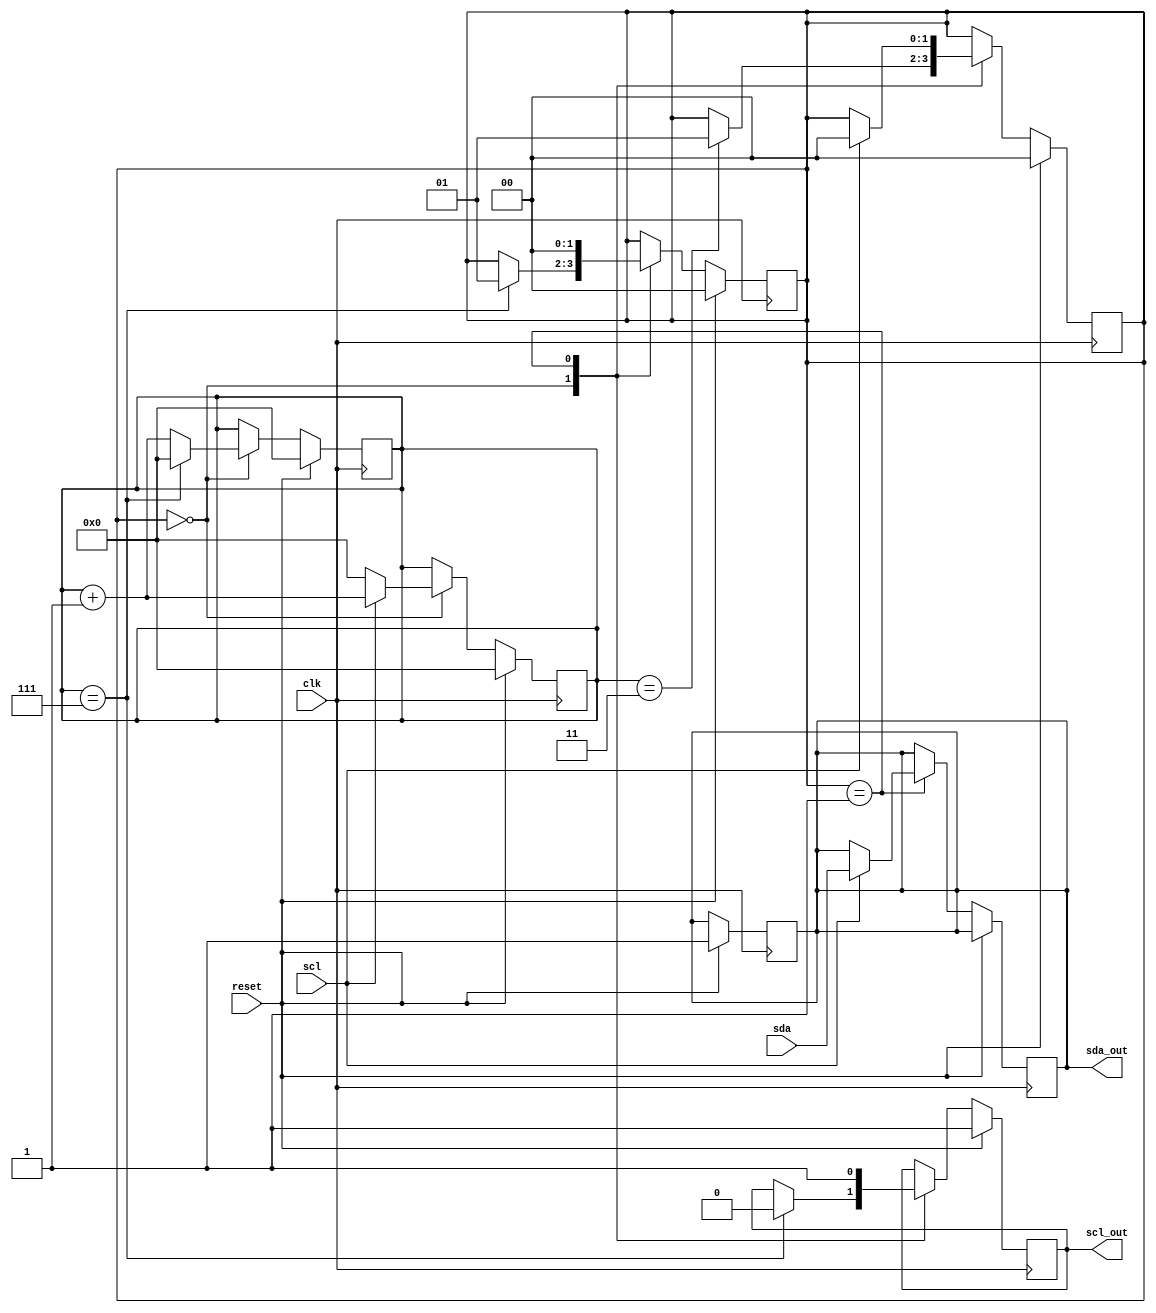
module i2c_timing_control(
    input wire clk,
    input wire reset,
    input wire scl,
    input wire sda,
    output reg scl_out,
    output reg sda_out
);

reg [7:0] count;
reg [1:0] state;

// Clock signal generation
always @(posedge clk) begin
    if (reset) begin
        count <= 0;
        state <= 0;
        scl_out <= 1;
        sda_out <= 1;
    end else begin
        case (state)
            2'd0: begin
                if (count == 7) begin
                    count <= 0;
                    state <= 2'd1;
                    scl_out <= 0;
                end else begin
                    count <= count + 1;
                end
            end
            2'd1: begin
                scl_out <= 1;
                state <= 2'd0;
            end
        endcase
    end
end

// Data sampling and edge detection
always @(posedge clk) begin
    if (reset) begin
        count <= 0;
        state <= 0;
    end else begin
        case (state)
            2'd0: begin
                if (scl == 1) begin
                    count <= count + 1;
                end else begin
                    count <= 0;
                end
                if (count == 3) begin
                    state <= 2'd1;
                end
            end
            2'd1: begin
                if (scl == 1) begin
                    sda_out <= sda;
                    state <= 2'd0;
                end
            end
        endcase
    end
end

endmodule